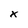
Character: x